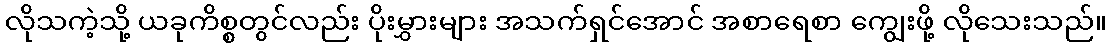
လိုသကဲ့သို့ ယခုကိစ္စတွင်လည်း ပိုးမွှားများ အသက်ရှင်အောင် အစာရေစာ ကျွေးဖို့ လိုသေးသည်။